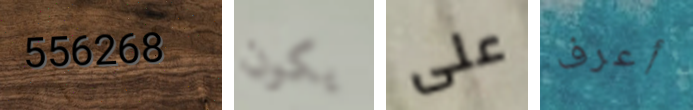
556268 يكون على أعرف